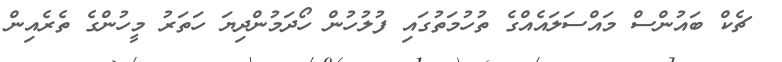
ޗެކް ބައުންސް މައްސަލައެއްގެ ތުހުމަތުގައި ފުލުހުން ހޯދަމުންދިޔަ ހަތަރު މީހުންގެ ތެރެއިން